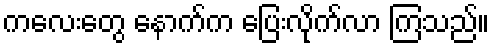
ကလေးတွေ နောက်က ပြေးလိုက်လာ ကြသည်။